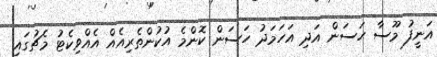
އަނީފު މޫސާ ހަސަން އަދި އަހަމަދު ހަސަން ކޮންމެ އުކުންތެރިއެެއް އެއްވިކެޓު މެޗުގައި